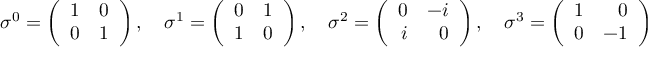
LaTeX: \sigma ^ { 0 } = \left( \begin{array} { r r } { { 1 } } & { { 0 } } \\ { { 0 } } & { { 1 } } \end{array} \right) , \quad \sigma ^ { 1 } = \left( \begin{array} { r r } { { 0 } } & { { 1 } } \\ { { 1 } } & { { 0 } } \end{array} \right) , \quad \sigma ^ { 2 } = \left( \begin{array} { r r } { { 0 } } & { { - i } } \\ { { i } } & { { 0 } } \end{array} \right) , \quad \sigma ^ { 3 } = \left( \begin{array} { r r } { { 1 } } & { { 0 } } \\ { { 0 } } & { { - 1 } } \end{array} \right)